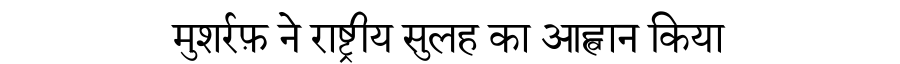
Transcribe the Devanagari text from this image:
मुशर्रफ़ ने राष्ट्रीय सुलह का आह्वान किया